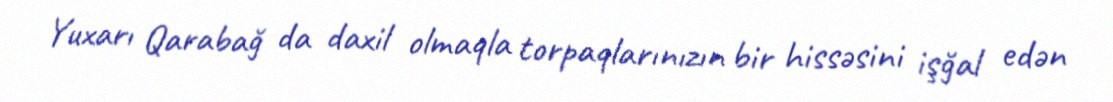
Yuxarı Qarabağ da daxil olmaqla torpaqlarınızın bir hissəsini işğal edən